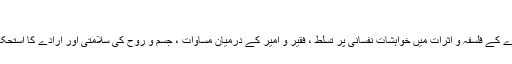
(١١)
ان کے علاوہ روزے کے فلسفہ و اثرات میں خواہشات نفسانی پر تسلط ، فقیر و امیر کے درمیان مساوات ، جسم و روح کی سلامتی اور ارادے کا استحکام سر فہرست ہیں ۔